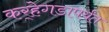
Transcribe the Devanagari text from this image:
कर्‍हेगडापर्यंत